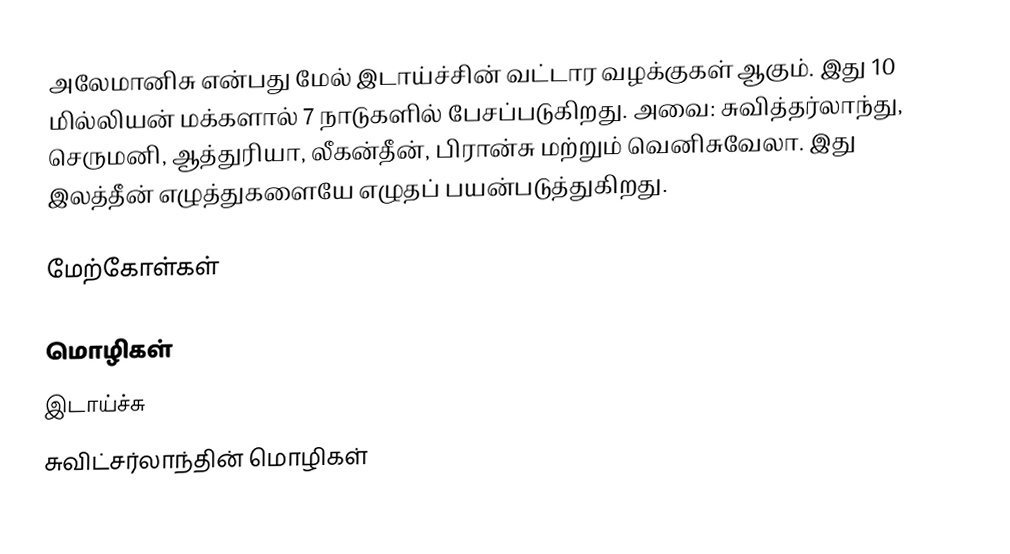
அலேமானிசு என்பது மேல் இடாய்ச்சின் வட்டார வழக்குகள் ஆகும். இது 10 மில்லியன் மக்களால் 7 நாடுகளில் பேசப்படுகிறது. அவை: சுவித்தர்லாந்து, செருமனி, ஆத்துரியா, லீகன்தீன், பிரான்சு மற்றும் வெனிசுவேலா. இது இலத்தீன் எழுத்துகளையே எழுதப் பயன்படுத்துகிறது.

மேற்கோள்கள்

மொழிகள்
இடாய்ச்சு
சுவிட்சர்லாந்தின் மொழிகள்